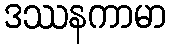
ဒဿနကာမာ